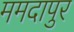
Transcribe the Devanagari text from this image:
ममदापुर